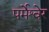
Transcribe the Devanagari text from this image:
पर्मेश्वेर